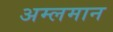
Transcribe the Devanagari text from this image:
अम्लमान